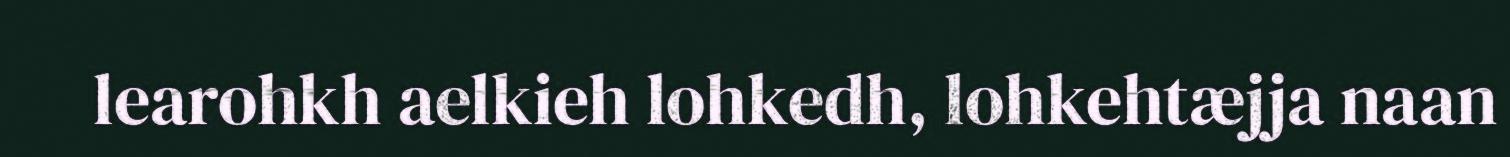
learohkh aelkieh lohkedh, lohkehtæjja naan